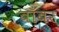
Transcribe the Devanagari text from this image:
बाँबर